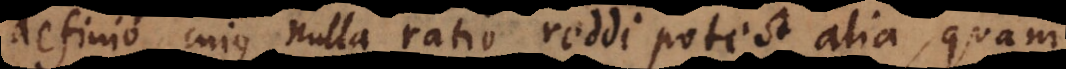
definio cujus nulla ratio reddi potest alia quam